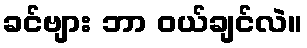
ခင်ဗျား ဘာ ဝယ်ချင်လဲ။